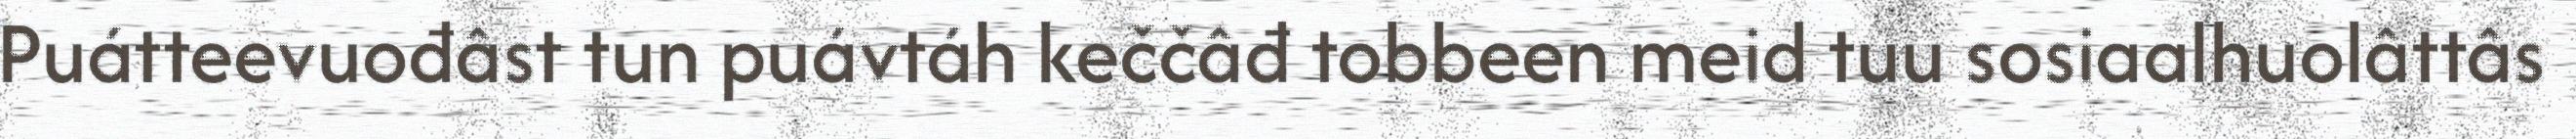
Puátteevuođâst tun puávtáh keččâđ tobbeen meid tuu sosiaalhuolâttâs